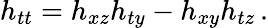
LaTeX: h_{tt}=h_{xz}h_{ty}-h_{xy}h_{tz}\, .